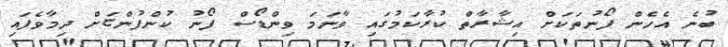
ބުނެ އެހެން ފޯނުތަކަށް އިޝާރާތް ކުރާކަމުގައި ވާނަމަ ވިންޑޯސް ފޯނު ކުންފުންޏަށް ދިމާވެފައި